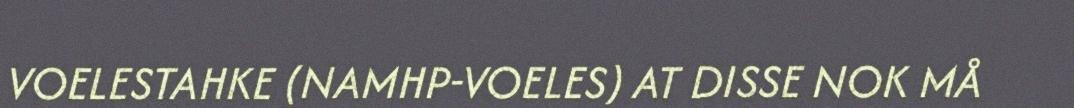
VOELESTAHKE (NAMHP-VOELES) AT DISSE NOK MÅ